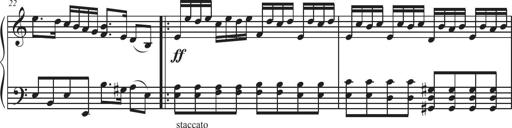
Title: Sonatina Espania
Composer: Jerald Franklin Archer
Key: Various